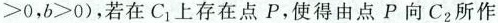
$$>0,b>0)$$,若在C_{1}上存在点P，使得由点P向C_{2}所作